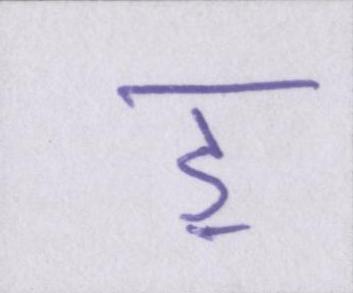
ॾ